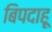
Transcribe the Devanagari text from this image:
बिपदाहू